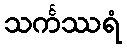
သင်္ကဿရံ